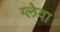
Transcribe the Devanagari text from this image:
ग्लेवा